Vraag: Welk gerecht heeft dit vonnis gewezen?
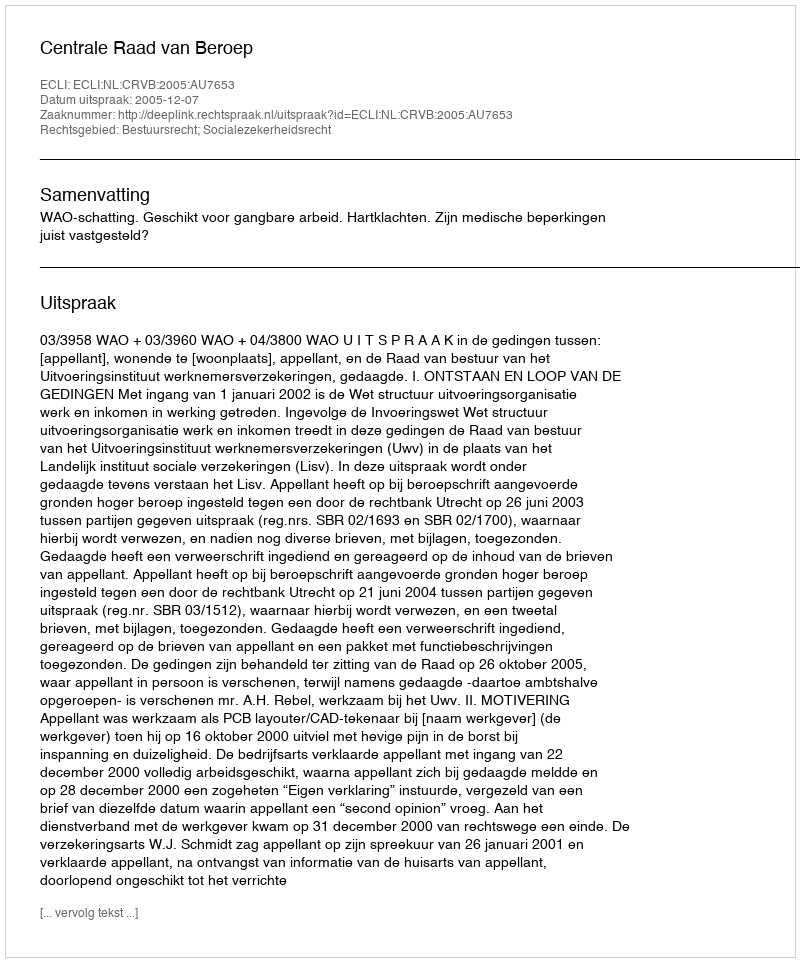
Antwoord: Centrale Raad van Beroep